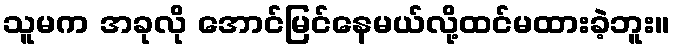
သူမက အခုလို အောင်မြင်နေမယ်လို့ထင်မထားခဲ့ဘူး။